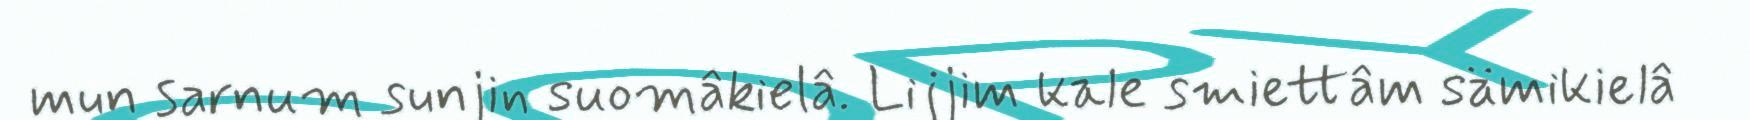
mun sarnum sunjin suomâkielâ. Lijjim kale smiettâm sämikielâ